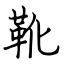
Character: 靴